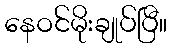
နေဝင်မိုးချုပ်ပြီ။